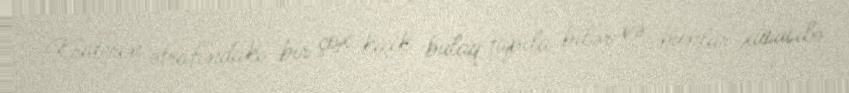
Kraterin ətrafındakı bir çox kiçik bulaq tapıla bilər və bunlar xüsusilə